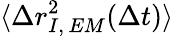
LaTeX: \langle\Delta r_{I,\, EM}^{2}(\Delta t)\rangle